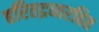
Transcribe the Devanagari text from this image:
हरितद्रव्यरहित